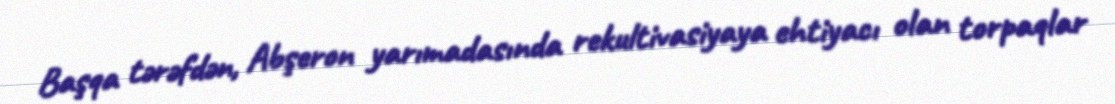
Başqa tərəfdən, Abşeron yarımadasında rekultivasiyaya ehtiyacı olan torpaqlar